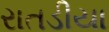
રાતડીયા